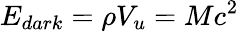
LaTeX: E_{dark}=\rho V_{u}=Mc^{2}